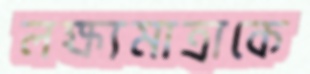
লক্ষ্যমাত্রাকে